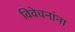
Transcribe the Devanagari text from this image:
विवेचनांना